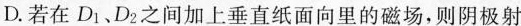
D.若在D_{1}、D_{2}之间加上垂直纸面向里的磁场，则阴极射